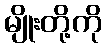
မျိုးတို့ကို